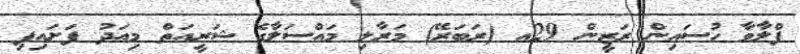
ފްލާވާ ހުސައިން ރަޒީން 29އ (ރަބަރޭ) މަރާލި މައްސަލާގެ ޝަރީއަތް މިއަދު ފަށައިފި